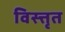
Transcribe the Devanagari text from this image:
विस्त्तृत